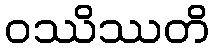
ဝဿိဿတိ